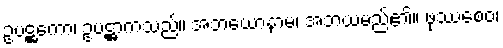
ဥပဋ္ဌကော၊ ဥပဋ္ဌာကသည်။ အဘယောနာမ၊ အဘယမည်၏။ ဖုဿစေဝ၊